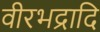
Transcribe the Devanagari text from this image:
वीरभद्रादि